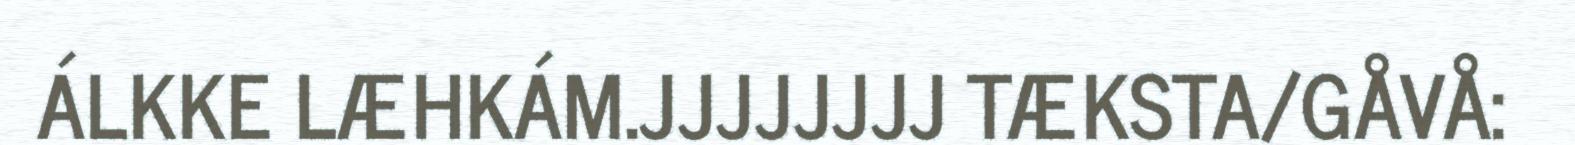
ÁLKKE LÆHKÁM.JJJJJJJJ TÆKSTA/GÅVÅ: